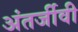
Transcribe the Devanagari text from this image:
अंतर्जीवी